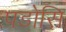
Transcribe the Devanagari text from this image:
पडोसि